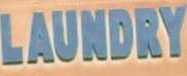
LAUNDRY